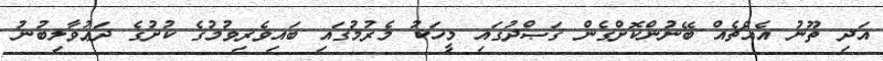
އަދި ތޫނު އެއްޗެއް ބޭނުންކޮށްގެން ޤަޞްދުގައި މީހަކު މެރުމުގައި ބައިވެރިވުމުގެ ކުށުގެ ދަޢުވާލިބުނު